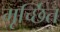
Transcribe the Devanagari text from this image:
मृर्च्छित